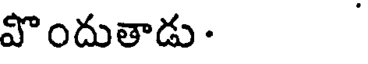
పొందుతాడు.